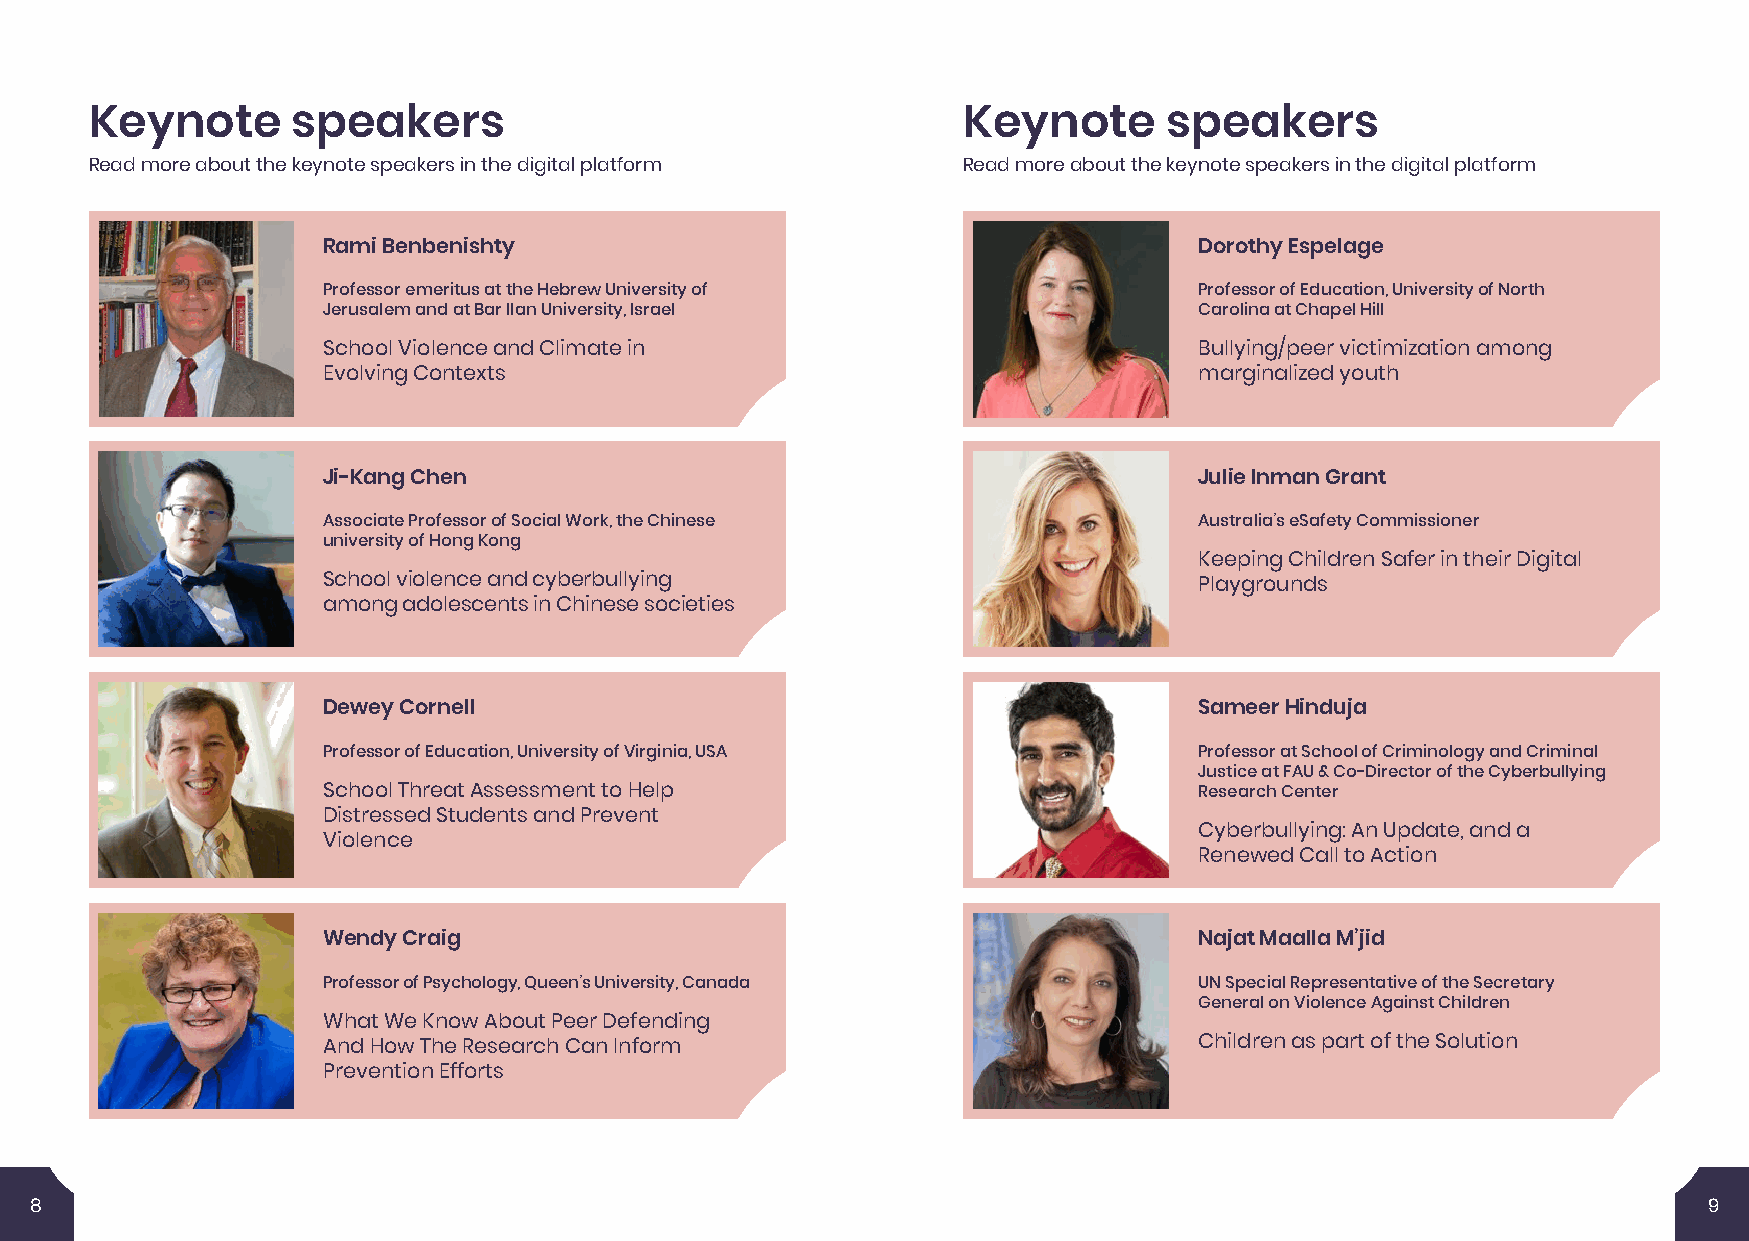
Keynote      speakers                                     Keynote      speakers
 Read more about the keynote speakers in the digital platform Read more about the keynote speakers in the digital platform
 Rami Benbenishty                                          Dorothy Espelage
 Professor emeritus at the Hebrew University of            Professor of Education, University of North
 Jerusalem and at Bar Ilan University, Israel              Carolina at Chapel Hill
 School Violence and Climate in                            Bullying/peer victimization among
 Evolving Contexts                                         marginalized youth
 Ji-Kang Chen                                              Julie Inman Grant
 Associate Professor of Social Work, the Chinese           Australia’s eSafety Commissioner
 university of Hong Kong
 Keeping Children Safer in their Digital
 School violence and cyberbullying                         Playgrounds
 among adolescents in Chinese societies
 Dewey Cornell                                             Sameer Hinduja
 Professor of Education, University of Virginia, USA       Professor at School of Criminology and Criminal
 Justice at FAU & Co-Director of the Cyberbullying
 School Threat Assessment to Help                          Research Center
 Distressed Students and Prevent
 Cyberbullying: An Update, and a
 Violence
 Renewed Call to Action
 Wendy Craig                                               Najat Maalla M’jid
 Professor of Psychology, Queen’s University, Canada       UN Special Representative of the Secretary
 General on Violence Against Children
 What We Know About Peer Defending
 And How The Research Can Inform                           Children as part of the Solution
 Prevention Efforts
 8                                                                                                              9